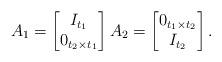
LaTeX: \begin{align*}A_1=\begin{bmatrix}I_{t_1}\\0_{t_2\times t_1}\end{bmatrix} A_2=\begin{bmatrix}0_{t_1\times t_2}\\I_{t_2}\end{bmatrix}.\end{align*}